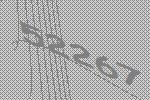
52267